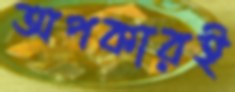
অপকারই